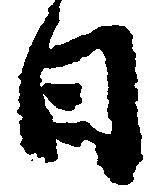
日